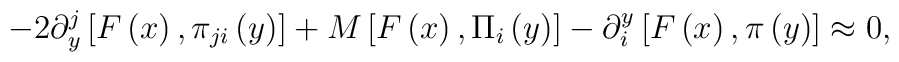
-2\partial _y^j\left[ F\left( x\right) ,\pi _{ji}\left( y\right)\right] +M\left[ F\left( x\right) ,\Pi _i\left( y\right) \right] -\partial_i^y\left[ F\left( x\right) ,\pi \left( y\right) \right] \approx 0,